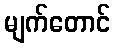
မျက်တောင်